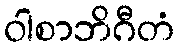
ဝါစာဘိဂီတံ